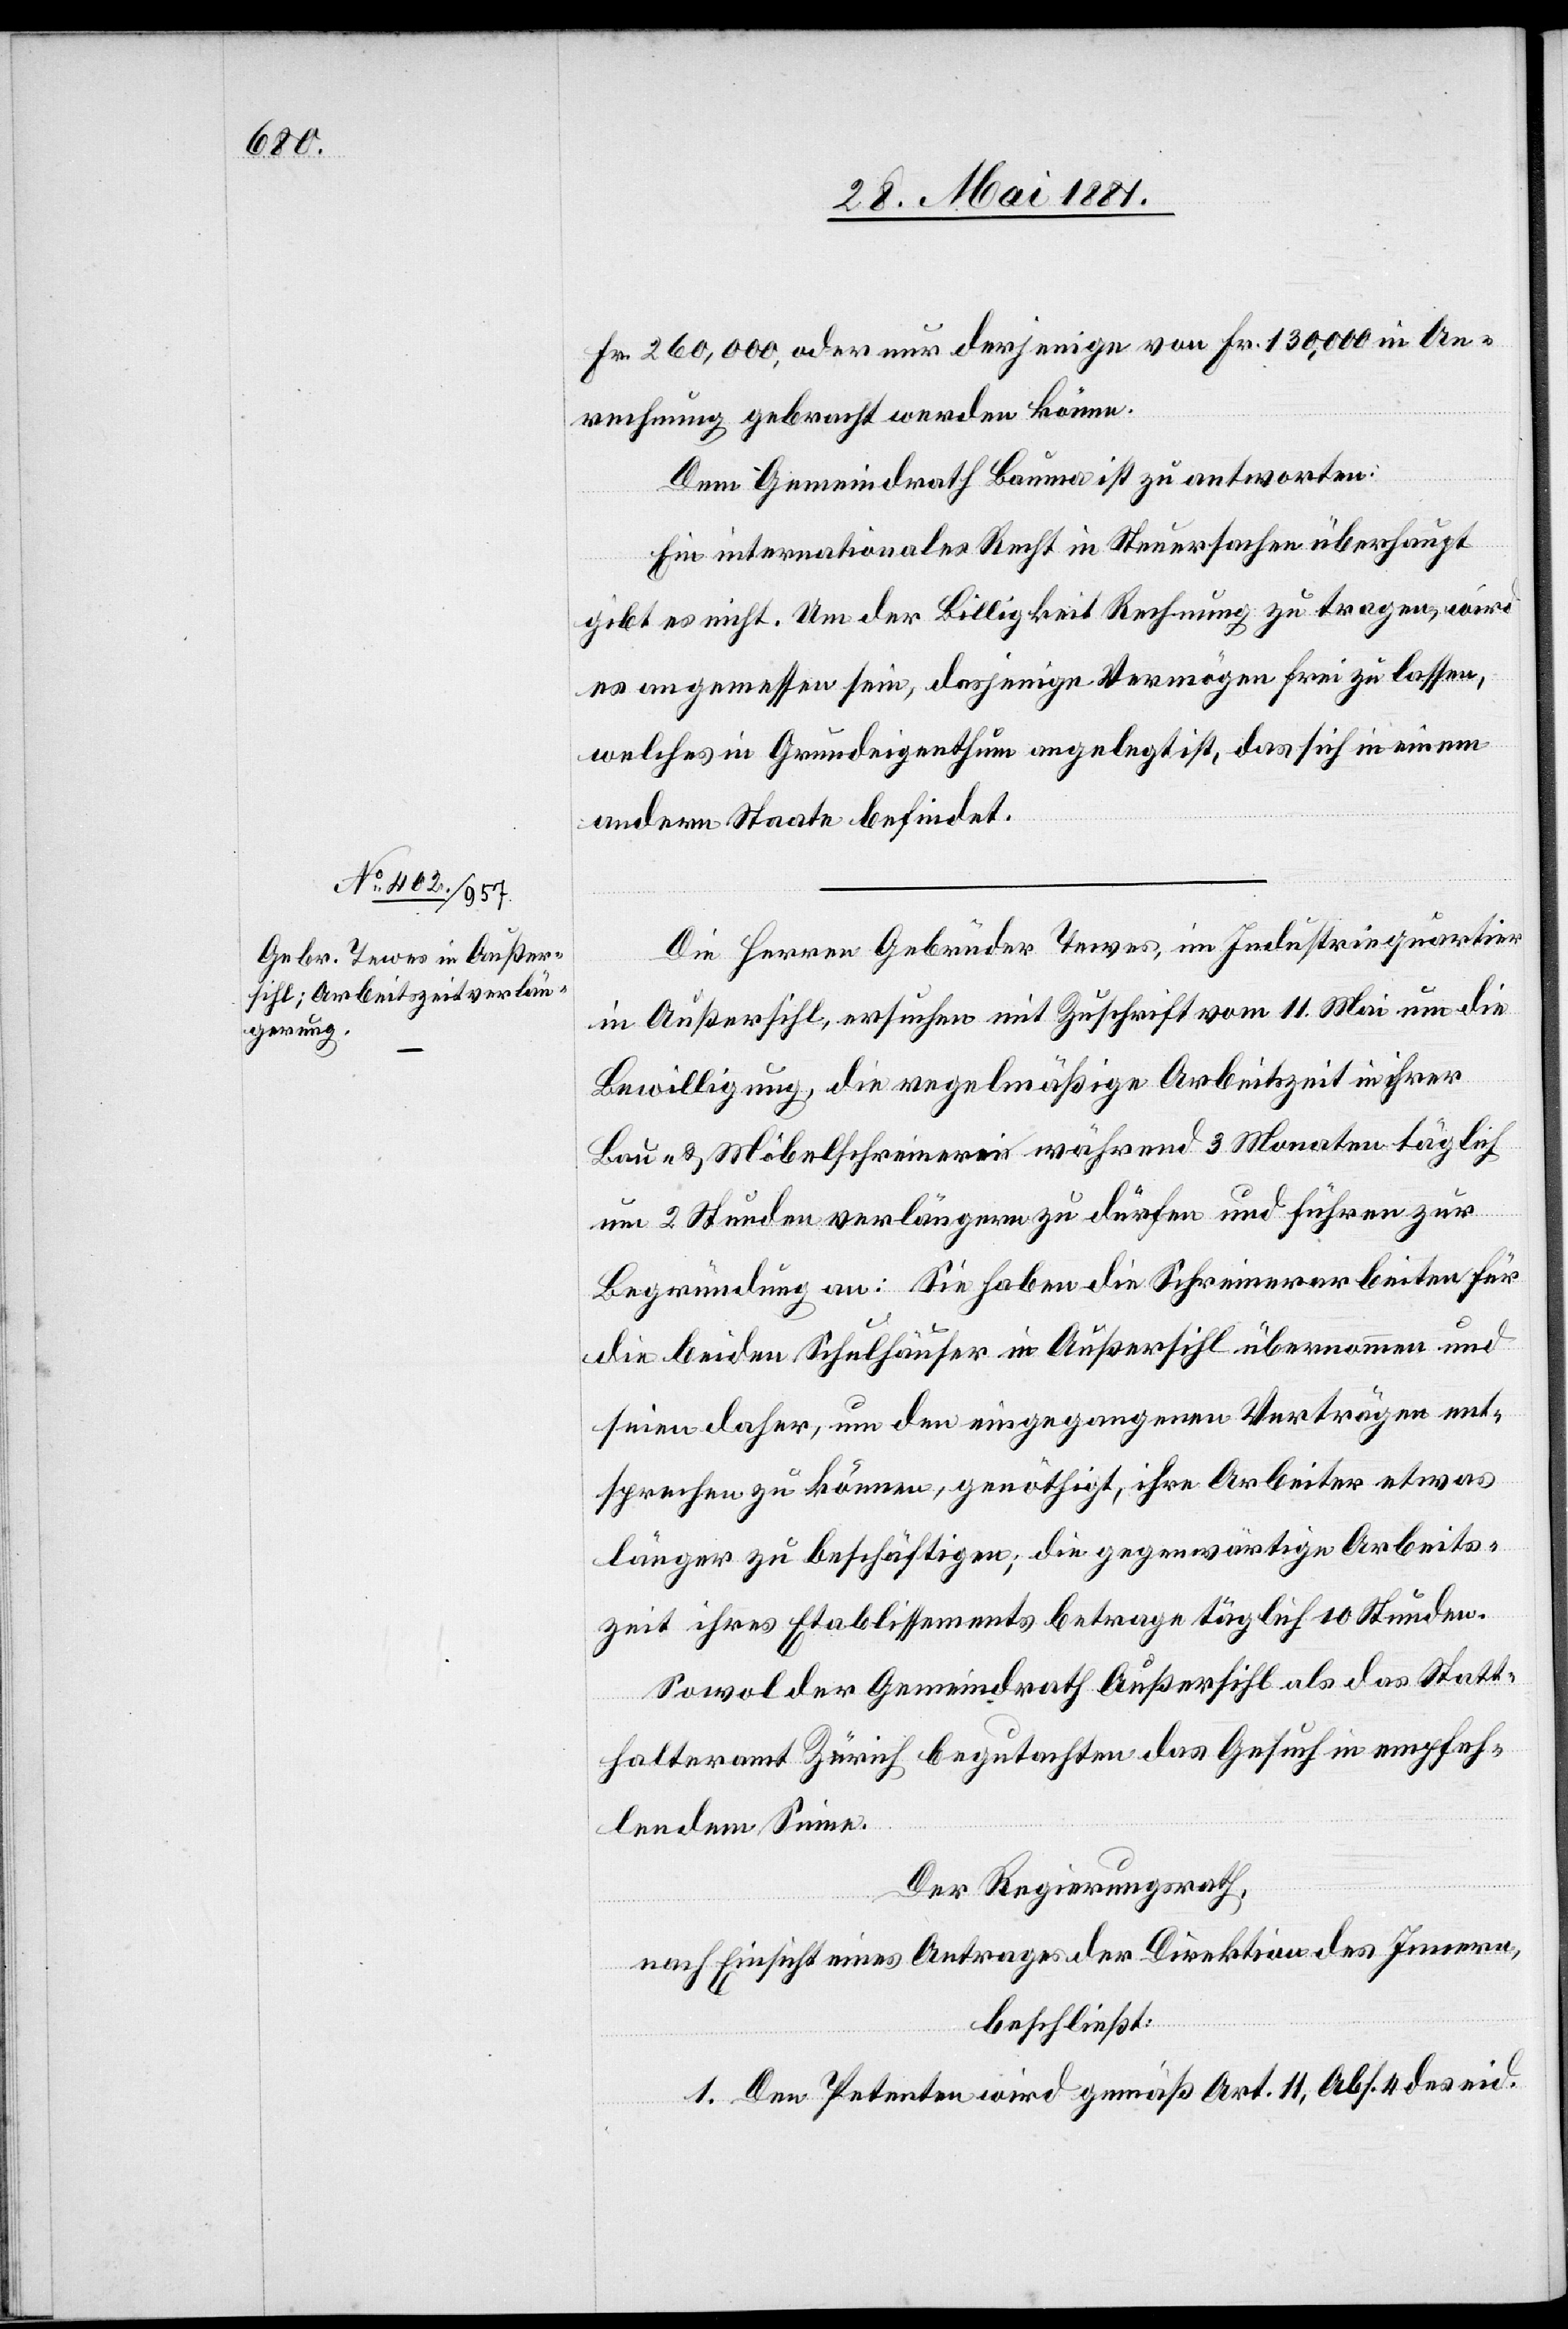
Fr. 260,000, oder nur derjenige von Fr. 130,000 in An¬
rechnung gebracht werden könne.
Dem Gemeindrath Bauma ist zu antwortet:
Ein internationales Recht in Steuersachen überhaupt
gibt es nicht. Um der Billigkeit Rechnung zu tragen, wird
es angemessen sein, dasjenige Vermögen frei zu lassen,
welches in Grundeigenthum angelegt ist, das sich in einem
anderen Staate befindet.
Die Herren Gebrüder Tewes, im Industriequartier
in Außersihl, ersuchen mit Zuschrift vom 11. Mai um die
Bewilligung, die regelmäßige Arbeitszeit in ihrer
Bau- & Möbelschreinerei während 3 Monaten täglich
um 2 Stunden verlängern zu dürfen und führen zur
Begründung an: Sie haben die Schreinerarbeiten für
die beiden Schulhäuser in Außersihl übernommen und
seien daher, um den eingegangenen Verträgen ent¬
sprechen zu können, genöthigt, ihre Arbeiter etwas
länger zu beschäftigen; die gegenwärtige Arbeits¬
zeit ihres Etablissements betrage täglich 10 Stunden.
Sowol der Gemeindrath Außersihl als das Statt¬
halteramt Zürich begutachten das Gesuch in empfeh¬
lendem Sinne.
Der Regierungsrath,
nach Einsicht eines Antrages der Direktion des Innern,
beschließt:
1. Den Petenten wird gemäß Art. 11, Abs. 4 des eid.